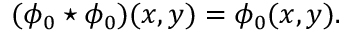
( \phi _ { 0 } \star \phi _ { 0 } ) ( x , y ) = \phi _ { 0 } ( x , y ) .